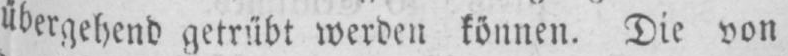
übergehend getrübt werden können. Die von